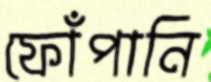
ফোঁপানি